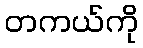
တကယ်ကို